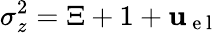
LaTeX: \sigma_{z}^{2}=\Xi+1+\mathbf{u}_{\mathrm{{~e~l~}}}